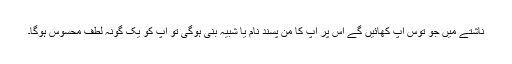
ناشتے میں جو توس آپ کھائیں گے اس پر آپ کا من پسند نام یا شبیہ بنی ہوگی تو آپ کو یک گونہ لطف محسوس ہوگا۔